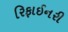
રિફાઈનરી